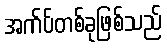
အက်ပ်တစ်ခုဖြစ်သည်